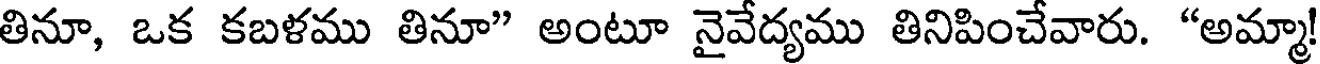
తినూ, ఒక కబళము తినూ" అంటూ నైవేద్యము తినిపించేవారు. "అమ్మా